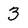
Character: 3